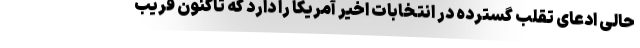
حالی ادعای تقلب گسترده در انتخابات اخیر آمریکا را دارد که تاکنون قریب